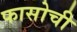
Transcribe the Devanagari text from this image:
फासोची